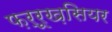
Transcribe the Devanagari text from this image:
फ़र्रूख़सियर